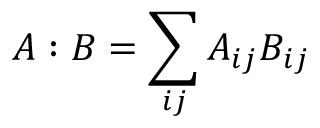
A : B = \sum _ { i j } A _ { i j } B _ { i j }